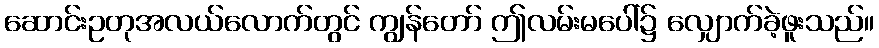
ဆောင်းဥတုအလယ်လောက်တွင် ကျွန်တော် ဤလမ်းမပေါ်၌ လျှောက်ခဲ့ဖူးသည်။